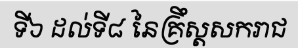
ទី៦ ដល់ទី៨ នៃគ្រឹស្តសករាជ